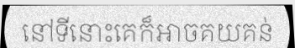
នៅទីនោះគេក៏អាចគយគន់